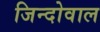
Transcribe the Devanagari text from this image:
जिन्दोवाल